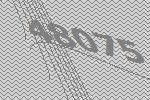
48075